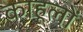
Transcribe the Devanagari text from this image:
काहूलों